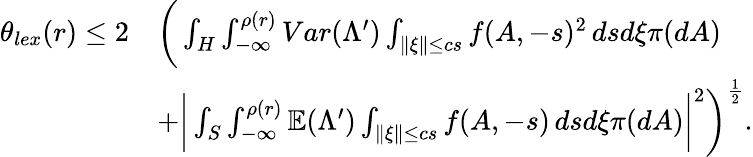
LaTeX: \begin{array}{rl}{\theta_{lex}(r)\leq 2}&{\bigg(\int_{H}\int_{-\infty}^{\rho(r)}Var(\Lambda^{\prime})\int_{\lVert\xi\rVert\leq cs}f(A,-s)^{2}\, dsd\xi\pi(dA)}\\ &{+\bigg|\int_{S}\int_{-\infty}^{\rho(r)}\mathbb{E}(\Lambda^{\prime})\int_{\lVert\xi\rVert\leq cs}f(A,-s)\, dsd\xi\pi(dA)\bigg|^{2}\bigg)^{\frac{1}{2}}.}\end{array}